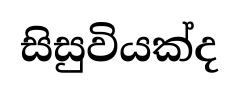
සිසුවියක්ද